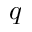
\boldsymbol { q }